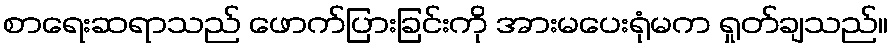
စာရေးဆရာသည် ဖောက်ပြားခြင်းကို အားမပေးရုံမက ရှုတ်ချသည်။